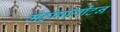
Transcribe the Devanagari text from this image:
मेट्रोपॉलीटन